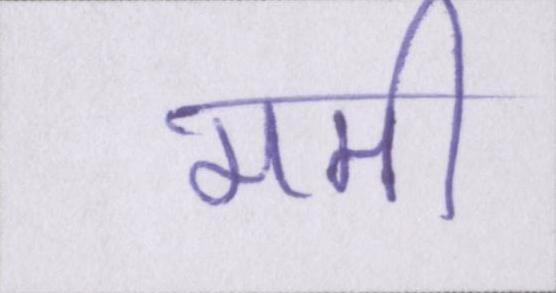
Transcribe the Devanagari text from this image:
ममी